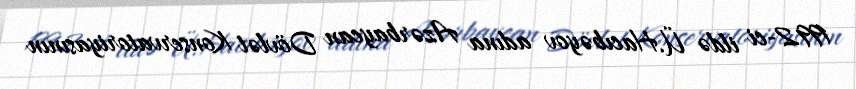
1992-ci ildə Ü.Hacıbəyov adına Azərbaycan Dövlət Konservatoriyasının